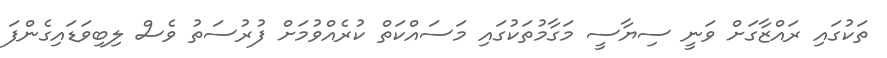
ތަކުގައި ރައްޒާގަށް ވަނީ ސިޔާސީ މަގާމުތަކުގައި މަސައްކަތް ކުރެއްވުމަށް ފުރުސަތު ވެސް ލިބިވަޑައިގެންފަ